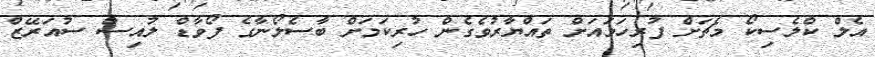
އެލް ކްލެސިކޯ މެޗަށް ފުރިހަމައަށް ތައްޔާރުވެގެން ހުރިކަމަށް ބާސެލޯނާގެ ފޯވާޑް ލުއިސް ސުއަރޭޒް